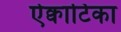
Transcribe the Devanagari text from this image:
ऐक्वाटिका